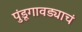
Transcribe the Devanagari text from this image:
पुंडूगावड्याचं